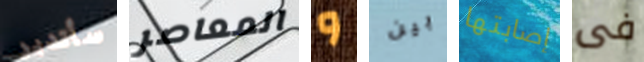
سأتدبر المعاصر و بين إصابتها فى